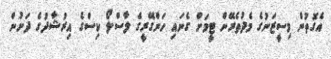
އެގޮތުން މިސީޒަނުގެ މެދުތެރޭން ޓީމަށް ގެނައި ހަންގޭރީގެ ލާސްލޯ ކިސްގެ އިރުޝާދުގެ ދަށުން